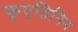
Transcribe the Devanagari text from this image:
कृएतिनिन